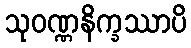
သုဝဏ္ဏနိက္ခဿာပိ